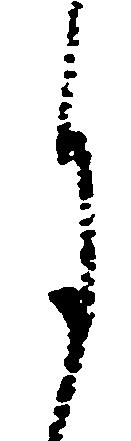
月